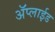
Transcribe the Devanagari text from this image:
ॲप्लाईड